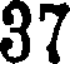
37